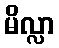
မိလ္လာ